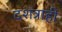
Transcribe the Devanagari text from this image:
दशत्राही